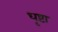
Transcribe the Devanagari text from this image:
धृष्टा